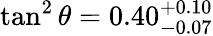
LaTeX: \tan^{2}\theta=0.40_{-0.07}^{+0.10}